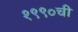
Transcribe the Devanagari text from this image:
१९९०ची